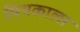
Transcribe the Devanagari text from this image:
मिथकाला